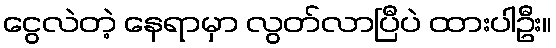
ငွေလဲတဲ့ နေရာမှာ လွတ်လာပြီပဲ ထားပါဦး။